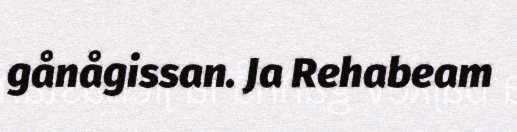
gånågissan. Ja Rehabeam